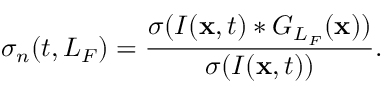
\sigma _ { n } ( t , L _ { F } ) = \frac { \sigma ( I ( { \bf x } , t ) * G _ { L _ { F } } ( { \bf x } ) ) } { \sigma ( I ( { \bf x } , t ) ) } .